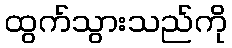
ထွက်သွားသည်ကို